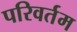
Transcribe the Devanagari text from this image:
परिवर्तम